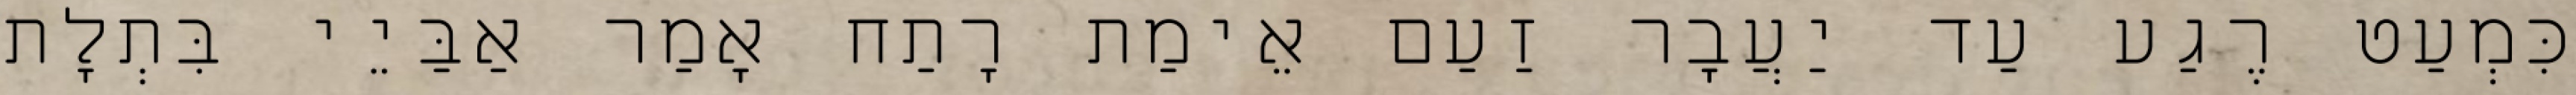
כִּמְעַט רֶגַע עַד יַעֲבׇר זַעַם אֵימַת רָתַח אָמַר אַבַּיֵי בִּתְלָת